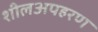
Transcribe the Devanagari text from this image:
शीलअपहरण